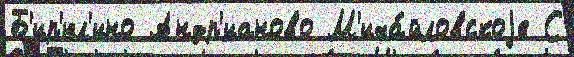
Б'ир'юл'ино Андр'ианово М'иха́йловскоjе С